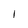
Character: 1